Leaving Certificate Examination (including Day School Certificate (Higher) General paper), 1937
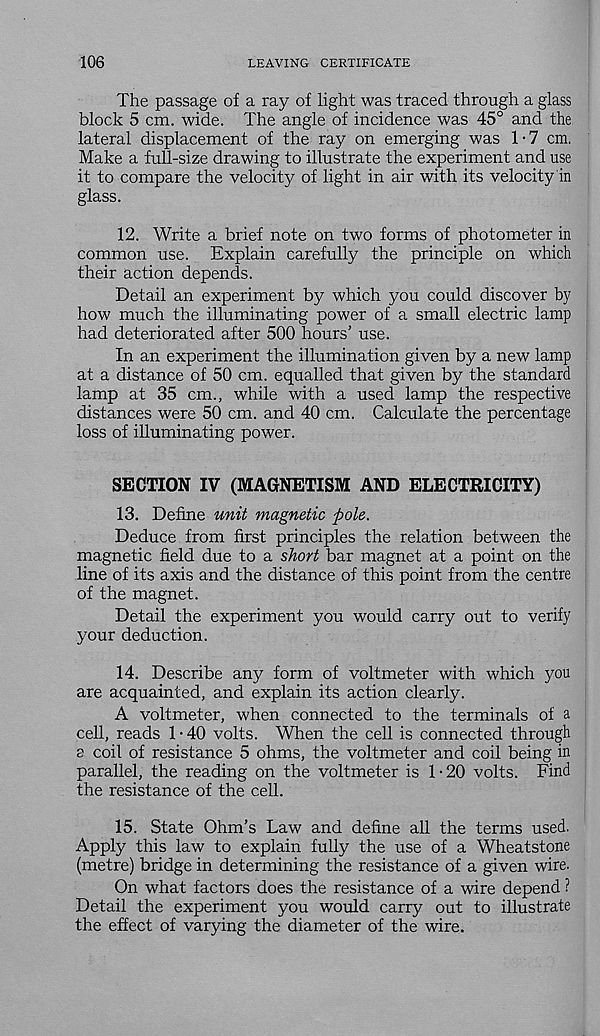
106
LEAVING CERTIFICATE
The passage of a ray of light was traced through a glass
block 5 cm. wide. The angle of incidence was 45° and the
lateral displacement of the ray on emerging was 1-7 cm.
Make a full-size drawing to illustrate the experiment and use
it to compare the velocity of light in air with its velocity in
glass.
12. Write a brief note on two forms of photometer in
common use. Explain carefully the principle on which
their action depends.
Detail an experiment by which you could discover by
how much the illuminating power of a small electric lamp
had deteriorated after 500 hours’ use.
In an experiment the illumination given by a new lamp
at a distance of 50 cm. equalled that given by the standard
lamp at 35 cm., while with a used lamp the respective
distances were 50 cm. and 40 cm. Calculate the percentage
loss of illuminating power.
SECTION IV (MAGNETISM AND ELECTRICITY)
13. Define unit magnetic pole.
Deduce from first principles the relation between the
magnetic field due to a short bar magnet at a point on the
line of its axis and the distance of this point from the centre
of the magnet.
Detail the experiment you would carry out to verify
your deduction.
14. Describe any form of voltmeter with which you
are acquainted, and explain its action clearly.
A voltmeter, when connected to the terminals of a
cell, reads 1 • 40 volts. When the cell is connected through
s coil of resistance 5 ohms, the voltmeter and coil being in
parallel, the reading on the voltmeter is 1 • 20 volts. Find
the resistance of the cell.
15. State Ohm’s Law and define all the terms used.
Apply this law to explain fully the use of a Wheatstone
(metre) bridge in determining the resistance of a given wire.
On what factors does the resistance of a wire depend ?
Detail the experiment you would carry out to illustrate
the effect of varying the diameter of the wire.